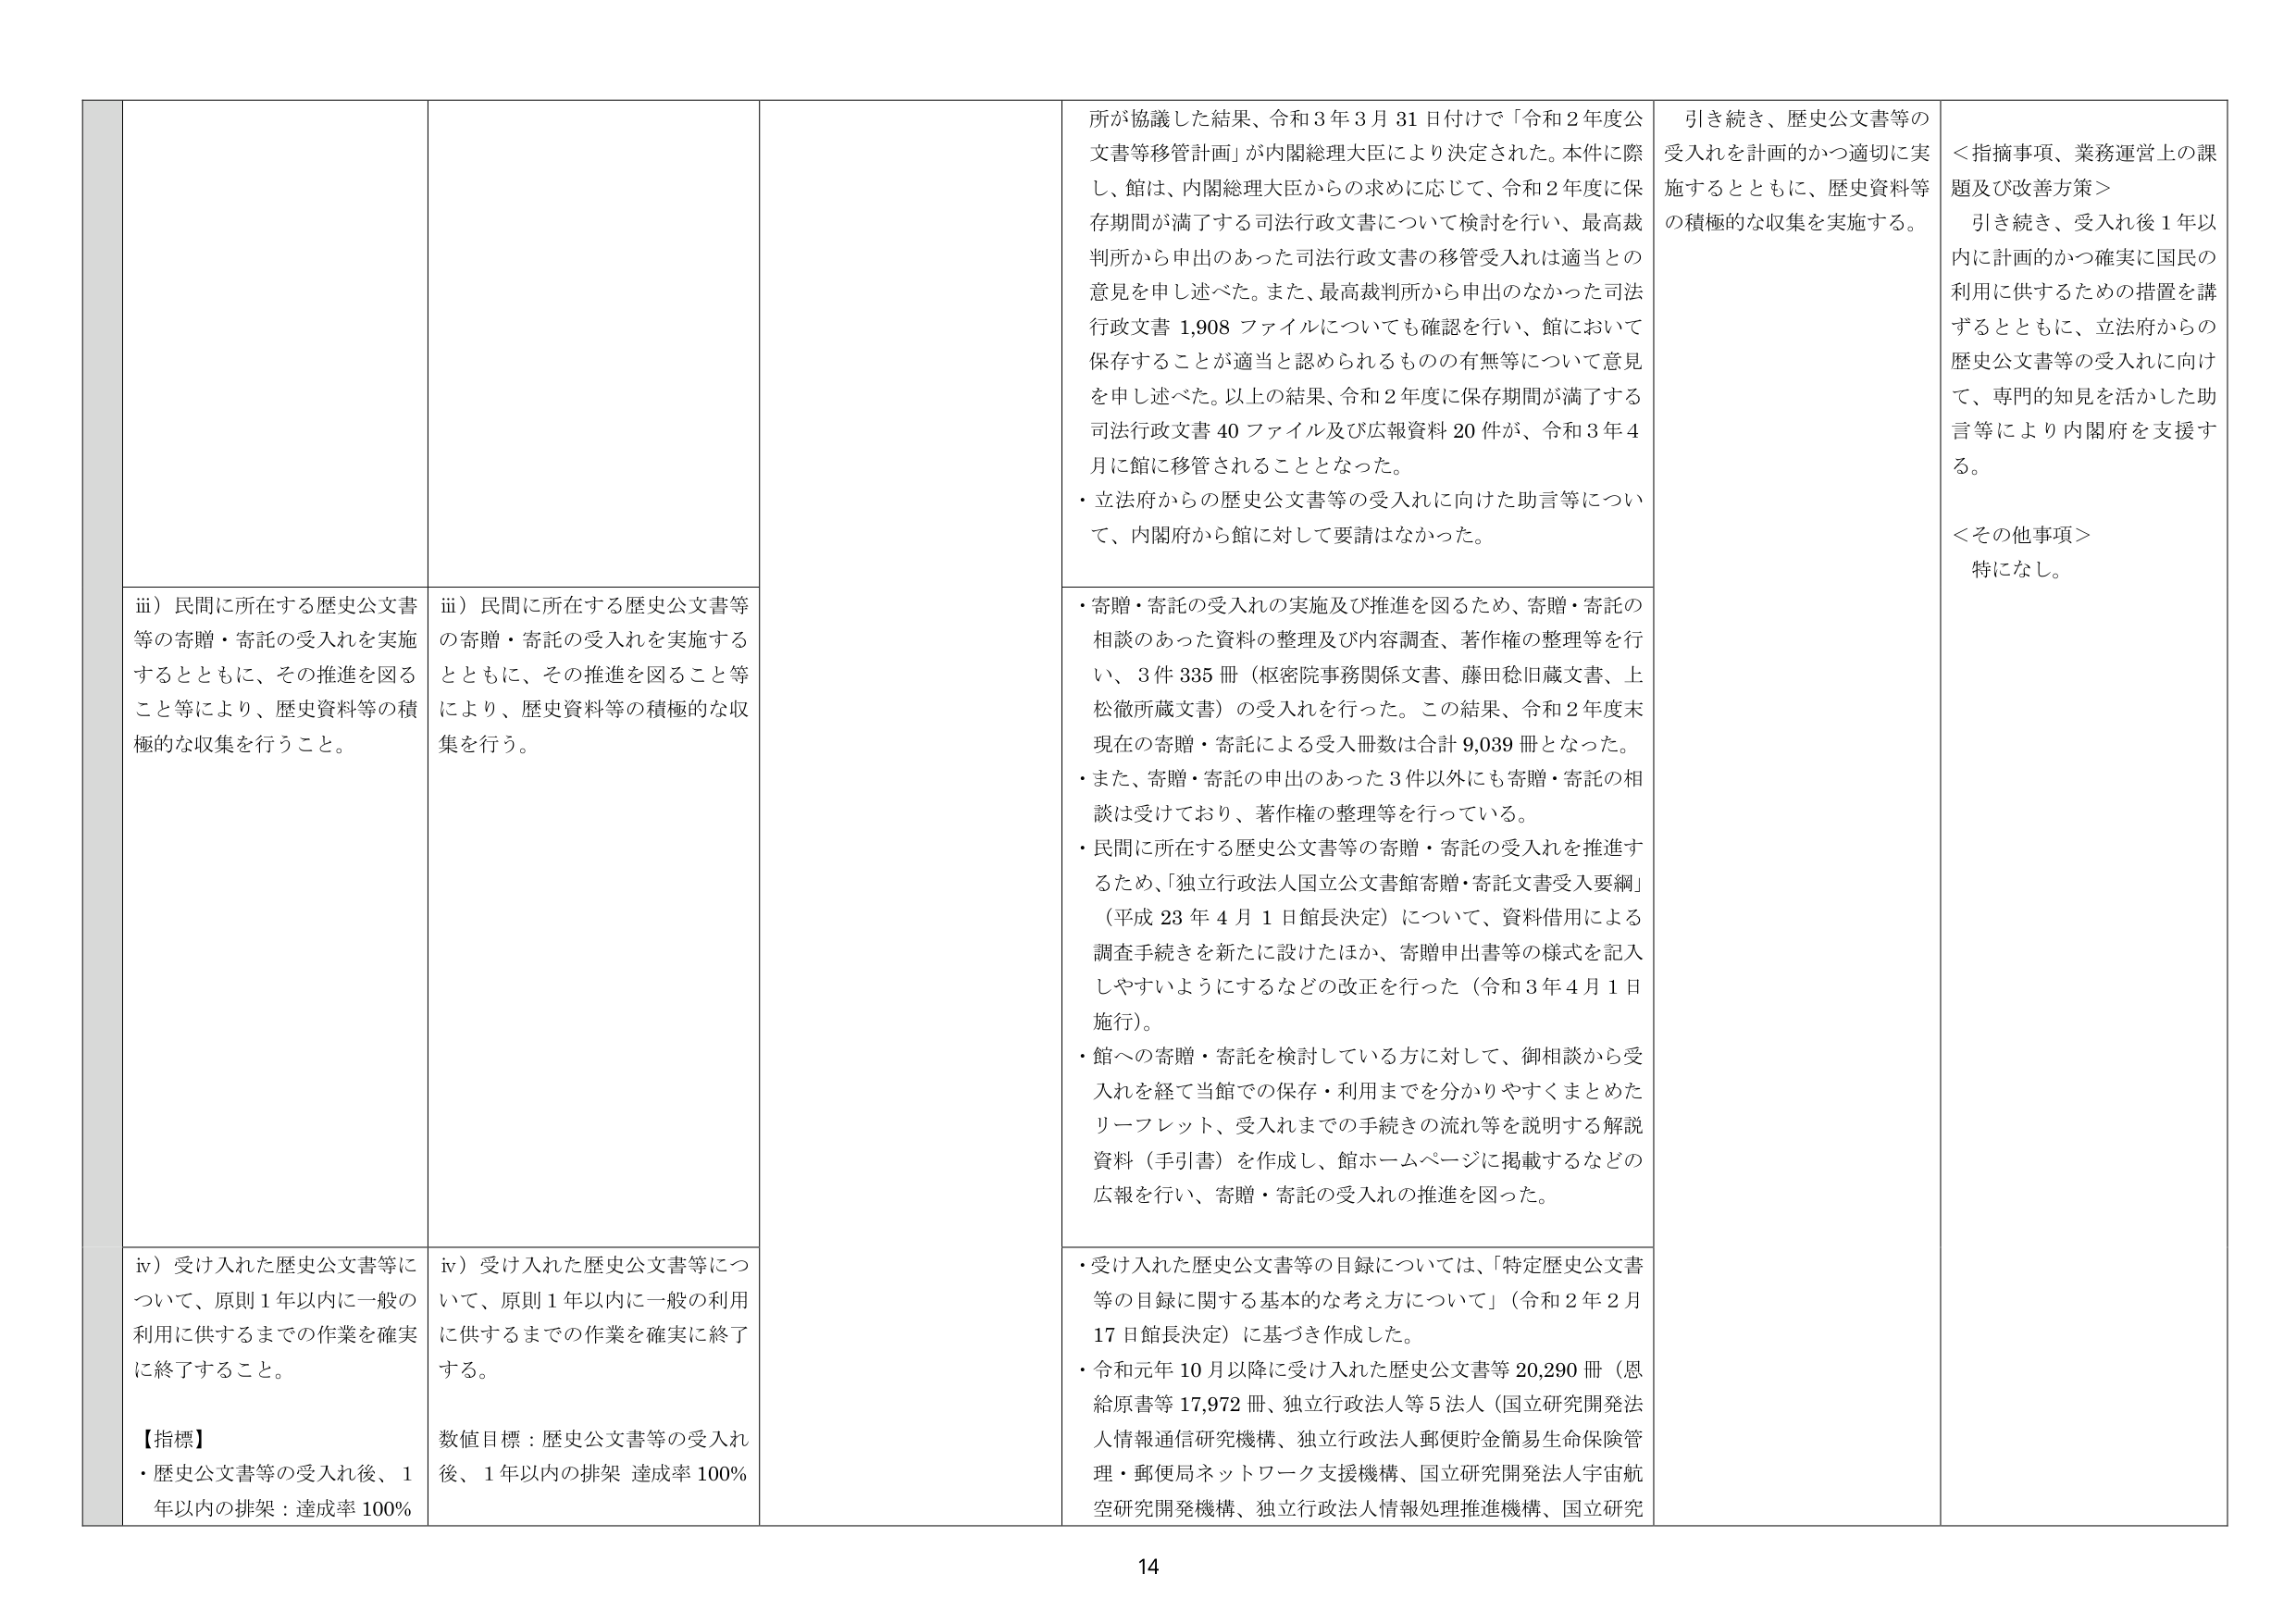
iii）民間に所在する歴史公文書等の寄贈・寄託の受入れを実施するとともに、その推進を図ること等により、歴史資料等の積極的な収集を行うこと。

iii）民間に所在する歴史公文書等の寄贈・寄託の受入れを実施するとともに、その推進を図ること等により、歴史資料等の積極的な収集を行う。

iv）受け入れた歴史公文書等について、原則1年以内に一般の利用に供するまでの作業を確実に終了すること。

【指標】
・歴史公文書等の受入れ後、1年以内の排架：達成率100%

iv）受け入れた歴史公文書等について、原則1年以内に一般の利用に供するまでの作業を確実に終了する。

数値目標：歴史公文書等の受入れ後、1年以内の排架 達成率100%

所が協議した結果、令和3年3月31日付けで「令和2年度公文書等移管計画」が内閣総理大臣により決定された。本件に際し、館は、内閣総理大臣からの求めに応じて、令和2年度に保存期間が満了する司法行政文書について検討を行い、最高裁判所から申出のあった司法行政文書の移管受入れは適当との意見を申し述べた。また、最高裁判所から申出のなかった司法行政文書1,908ファイルについても確認を行い、館において保存することが適当と認められるものの有無等について意見を申し述べた。以上の結果、令和2年度に保存期間が満了する司法行政文書40ファイル及び広報資料20件が、令和3年4月に館に移管されることとなった。

・立法府からの歴史公文書等の受入れに向けた助言等について、内閣府から館に対して要請はなかった。

・寄贈・寄託の受入れの実施及び推進を図るため、寄贈・寄託の相談のあった資料の整理及び内容調査、著作権の整理等を行い、3件335冊（枢密院事務関係文書、藤田稔旧蔵文書、上松徹所蔵文書）の受入れを行った。この結果、令和2年度末現在の寄贈・寄託による受入冊数は合計9,039冊となった。

・また、寄贈・寄託の申出のあった3件以外にも寄贈・寄託の相談は受けており、著作権の整理等を行っている。

・民間に所在する歴史公文書等の寄贈・寄託の受入れを推進するため、「独立行政法人国立公文書館寄贈・寄託文書受入要綱」（平成23年4月1日館長決定）について、資料借用による調査手続きを新たに設けたほか、寄贈申出書等の様式を記入しやすいようにするなどの改正を行った（令和3年4月1日施行）。

・館への寄贈・寄託を検討している方に対して、御相談から受入れを経て当館での保存・利用までを分かりやすくまとめたリーフレット、受入れまでの手続きの流れ等を説明する解説資料（手引書）を作成し、館ホームページに掲載するなどの広報を行い、寄贈・寄託の受入れの推進を図った。

・受け入れた歴史公文書等の目録については、「特定歴史公文書等の目録に関する基本的な考え方について」（令和2年2月17日館長決定）に基づき作成した。

・令和元年10月以降に受け入れた歴史公文書等20,290冊（恩給原書等17,972冊、独立行政法人等5法人（国立研究開発法人情報通信研究機構、独立行政法人郵便貯金簡易生命保険管理・郵便局ネットワーク支援機構、国立研究開発法人宇宙航空研究開発機構、独立行政法人情報処理推進機構、国立研究

引き続き、歴史公文書等の受入れを計画的かつ適切に実施するとともに、歴史資料等の積極的な収集を実施する。

＜指摘事項、業務運営上の課題及び改善方策＞
引き続き、受入れ後1年以内に計画的かつ確実に国民の利用に供するための措置を講ずるとともに、立法府からの歴史公文書等の受入れに向けて、専門的知見を活かした助言等により内閣府を支援する。

＜その他事項＞
特になし。

14